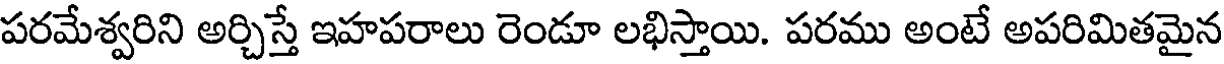
పరమేశ్వరిని అర్చిస్తే ఇహపరాలు రెండూ లభిస్తాయి. పరము అంటే అపరిమితమైన